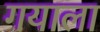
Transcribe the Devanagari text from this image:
गयाला